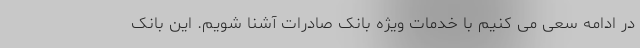
در ادامه سعی می کنیم با خدمات ویژه بانک صادرات آشنا شویم. این بانک